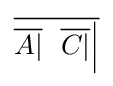
{\overline {{\overline {A|}}\ \ {\overline {C|}}{\Big |}}}